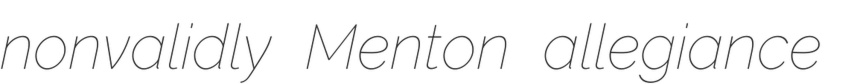
nonvalidly Menton allegiance